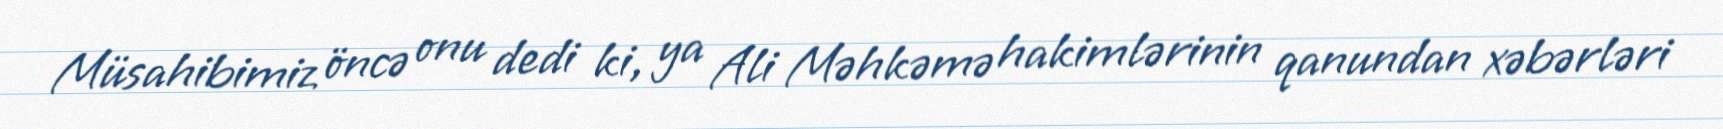
Müsahibimiz öncə onu dedi ki, ya Ali Məhkəmə hakimlərinin qanundan xəbərləri